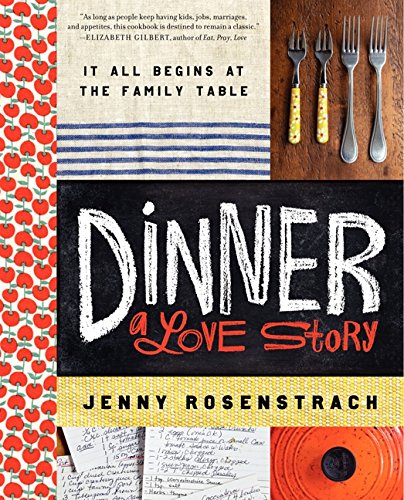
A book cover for Dinner: A Love Story: It all begins at the family table; Jenny Rosenstrach; Cookbooks, Food & Wine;